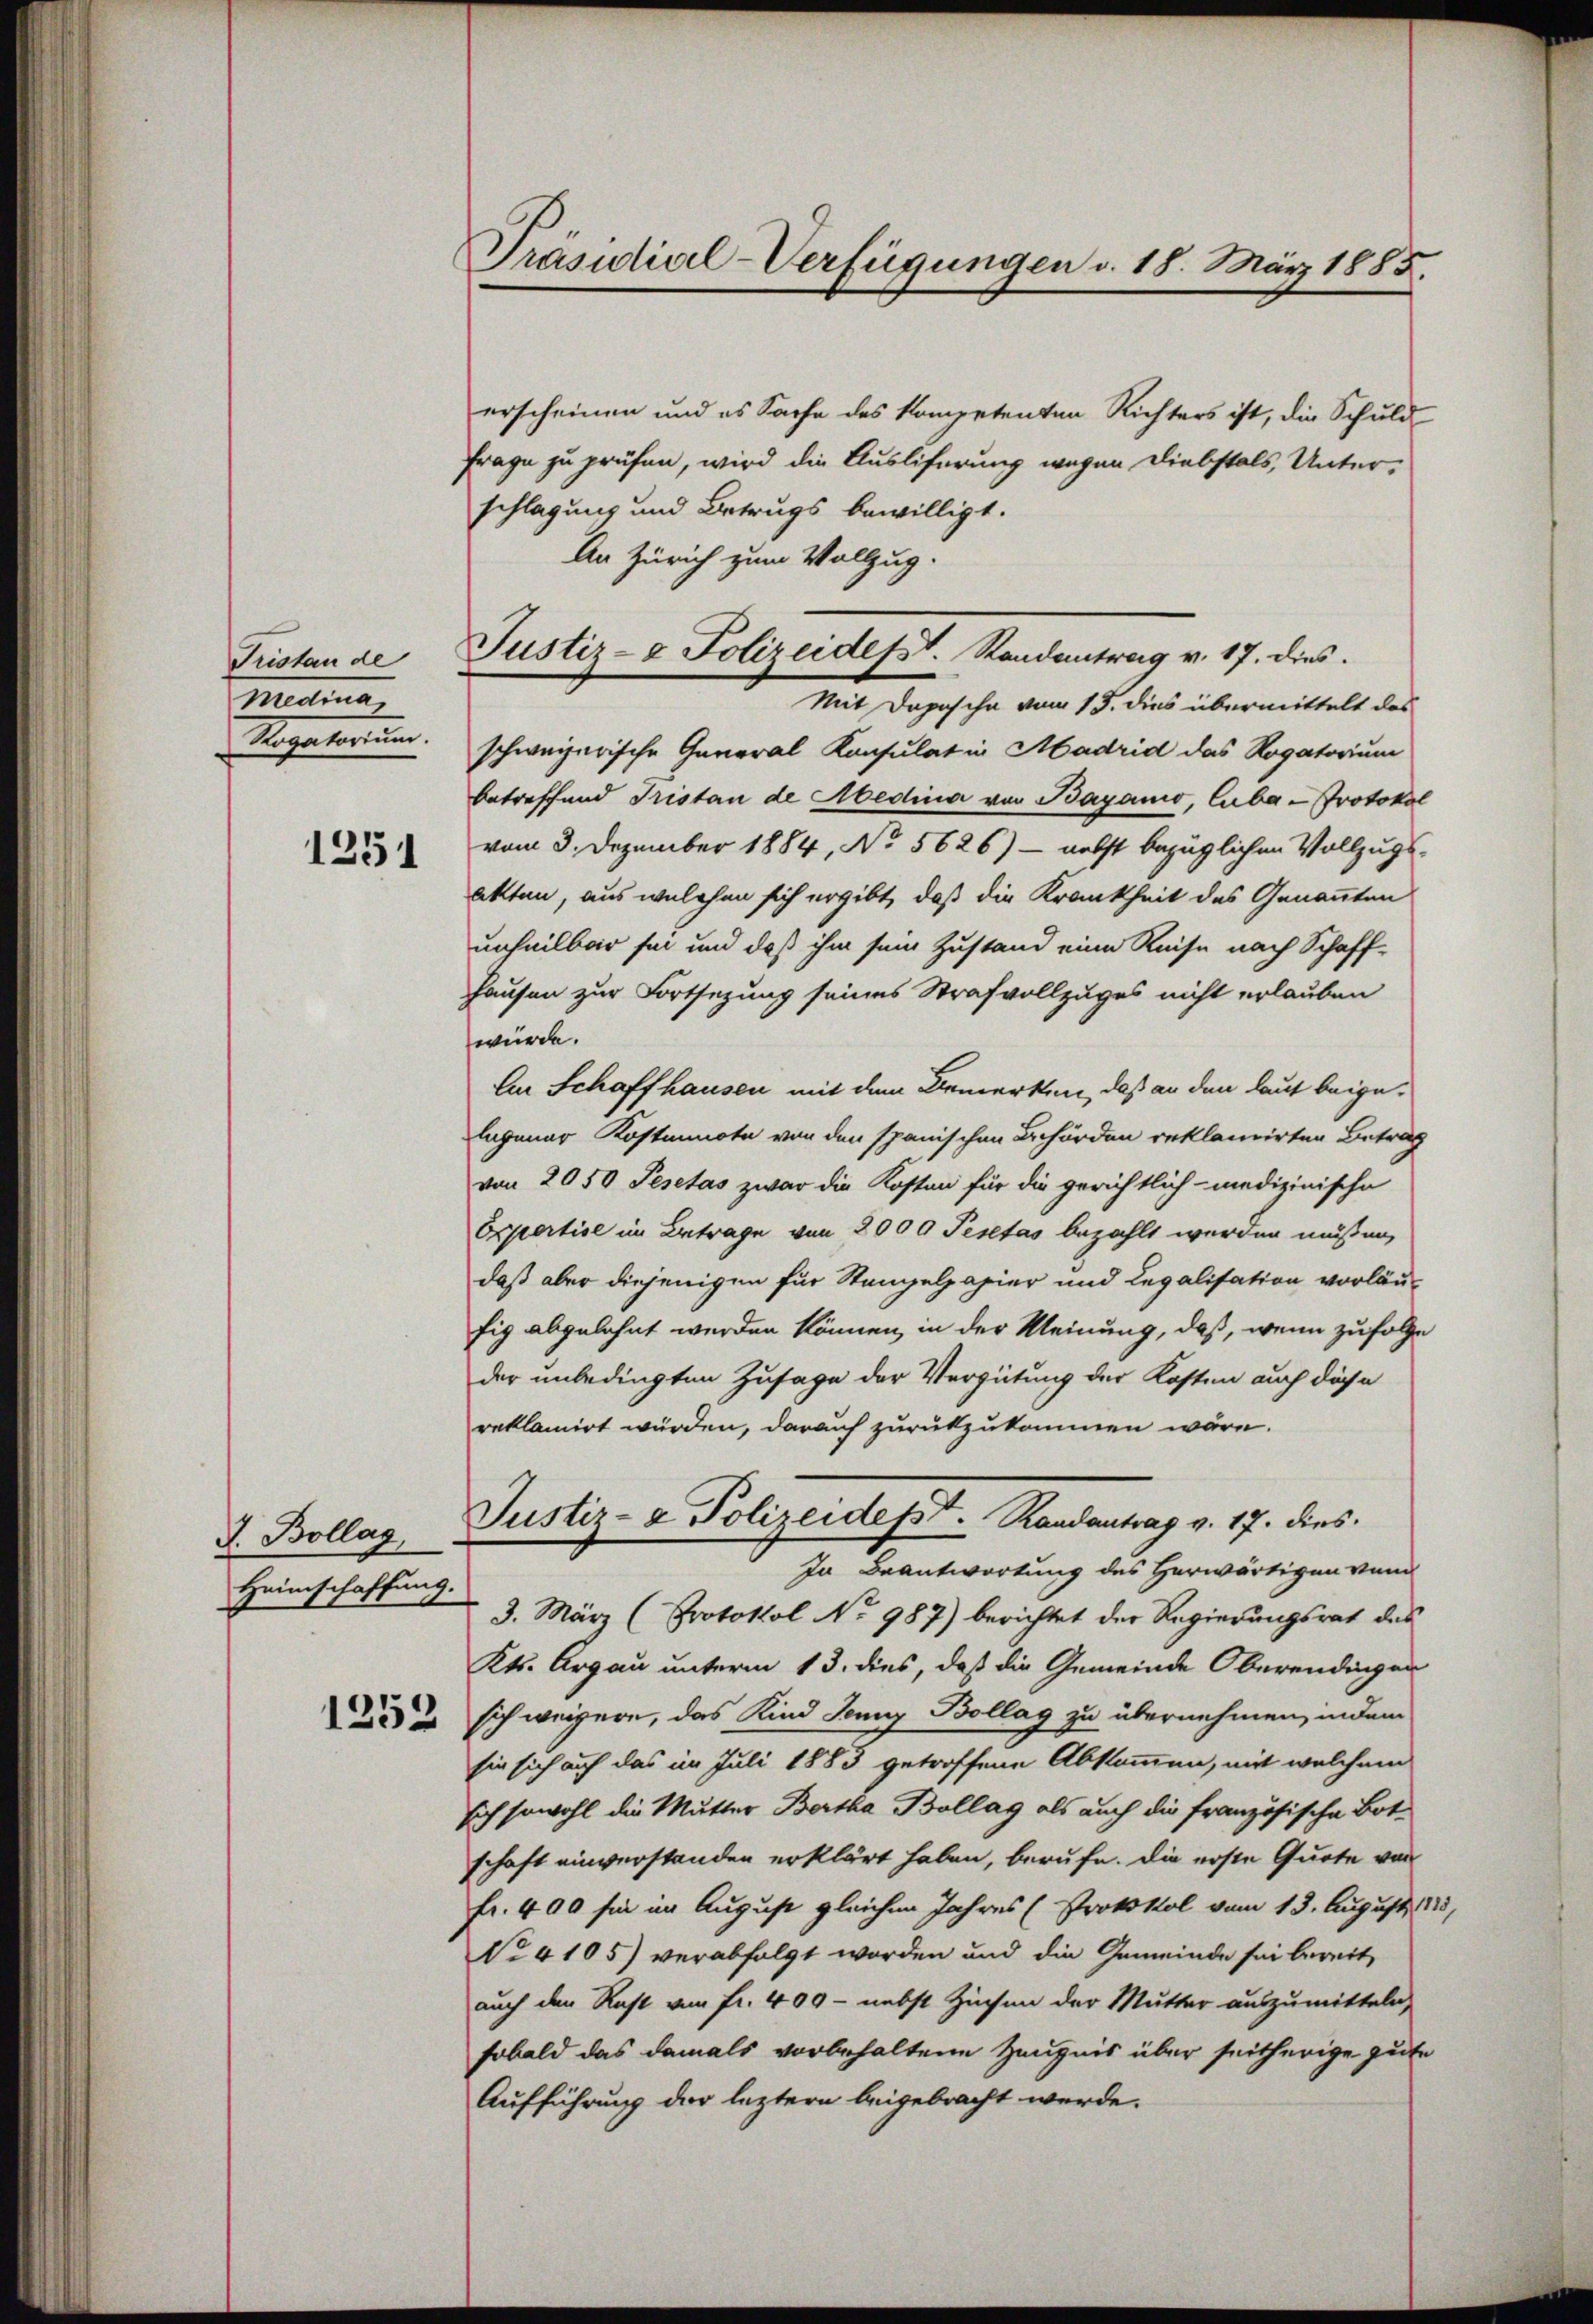
Fristan de
Mecina
Ragatorum.

1251

J. Bollag,
Heimschaffung.

erscheinen und es Sache des kompetenten Richters ist, die Schuld
Frage zu prüfen, wird die Ausliferung wegen Diebstals, Unter-
schlagung und Betrugs bewilligt.
An Zürich zum Vollzug.
Mit Depesche vom 13. dies übermittelt das
schweizerische General Konsulat in Madrid das Rogatorium
betreffend Tristan de Abedina von Bayanio, Cuba-Protokol
vom 3. Dezember 1884, No 5626) - nebst bezüglichen Vollzugs-
akten, aus welchen sich ergibt, daß die Krankheit des Genannten
unheilbar sei und daß ihm sein Zustand eine Reise nach Schaff-
Hausen zur Fortsetzung seines Strafvollzuges nicht erlauben
würde.
An Schaffhausen mit dem Bemerken, daß an den laut beigelagener Kostmmote von den spanischen Behörden reklamirten Betrag
von 2050 Pesetas zwar die Kosten für die gerichtlich - medizinische
Expertise im Betrage von 2000 Pertas bezahlt werden müssen,
daß aber diejenigen für Stampelpapier und Legalisation vorläufig abgelehnt werden können, in der Meinung, daß, wenn zufolge
der unbedingten Zusage der Vergütung der Kosten auch dahe
reklamirt würden, darauf zurükzukommen wäre.
Justiz- & Polizeidept. Randantrag v. 17. dies
In Beantwortung des Herwärtigen von
3. März (Protokol No 987) berichtet der Regierungsrat des
Kts. Argau unterm 13. dies, daß die Gemeinde Oberendingen
 sich weigere, das Kind Jenny Bollag zu übernehmen, indem
sie sich auf das im Juli 1883 getroffene Abkommen, mit welchem
sich sowohl die Mutter Bertha Bollag als auch die französische Bot-
schaft einverstanden erklärt haben, berufe. Die erste Quote von
fr. 400 sie im August gleichen Jahres (Protokol vom 13. August 1
No 4105) verabfolgt worden und die Gemeinde sei bereit,
auch den Rest von Fr. 409 - nebst Zinsen der Mutter auszumitteln,
sobald das damals vorbehaltene Zeugnis über seitherige gute
Aufführung der leztern beigebracht werde.

Präsidial-Verfügungen d. 18. März 1885.

Justiz- & Polizeidept. Randantrag v. 17. dies.